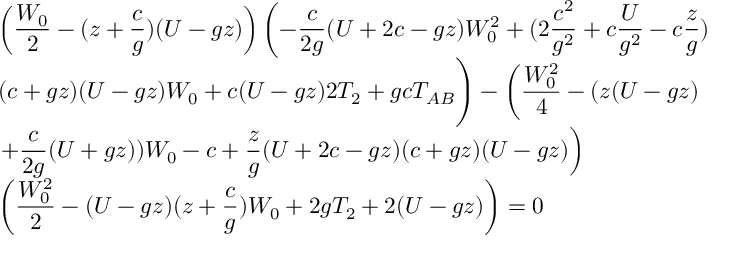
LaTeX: \begin{array} { l } { { { \displaystyle \left( { \frac { W _ { 0 } } { 2 } } - ( z + { \frac { c } { g } } ) ( U - g z ) \right) \left( - { \frac { c } { 2 g } } ( U + 2 c - g z ) W _ { 0 } ^ { 2 } + ( 2 { \frac { c ^ { 2 } } { g ^ { 2 } } } + c { \frac { U } { g ^ { 2 } } } - c { \frac { z } { g } } ) \right. } } } \\ { { { \displaystyle ( c + g z ) ( U - g z ) W _ { 0 } + c ( U - g z ) 2 T _ { 2 } + g c T _ { A B } \Bigg ) - \left( { \frac { W _ { 0 } ^ { 2 } } { 4 } } - ( z ( U - g z ) \right. } } } \\ { { { \displaystyle \left. + { \frac { c } { 2 g } } ( U + g z ) ) W _ { 0 } - c + { \frac { z } { g } } ( U + 2 c - g z ) ( c + g z ) ( U - g z ) \right) } } } \\ { { { \displaystyle \left( { \frac { W _ { 0 } ^ { 2 } } { 2 } } - ( U - g z ) ( z + { \frac { c } { g } } ) W _ { 0 } + 2 g T _ { 2 } + 2 ( U - g z ) \right) = 0 } } } \end{array}